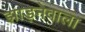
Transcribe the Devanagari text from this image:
झाड़नेवाला